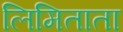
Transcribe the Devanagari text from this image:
लिमिताता